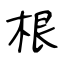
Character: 根